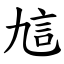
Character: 訄